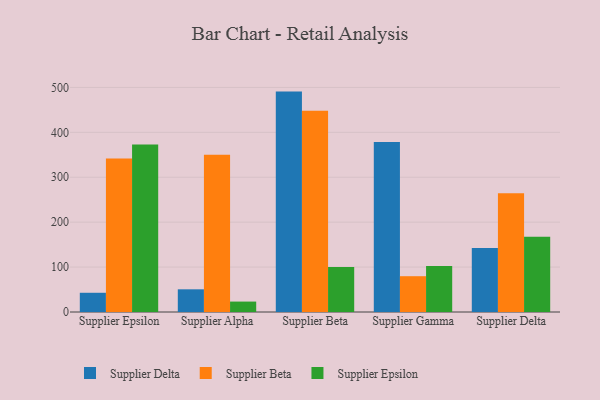
{"axis": {"x": "Supplier", "y": "Budget (USD K)"}, "legend": ["Supplier Beta", "Supplier Delta", "Supplier Epsilon"], "data": [{"x": "Supplier Epsilon", "y": 42.8, "type": "Supplier Delta"}, {"x": "Supplier Epsilon", "y": 341.5, "type": "Supplier Beta"}, {"x": "Supplier Epsilon", "y": 373.0, "type": "Supplier Epsilon"}, {"x": "Supplier Alpha", "y": 50.5, "type": "Supplier Delta"}, {"x": "Supplier Alpha", "y": 350.1, "type": "Supplier Beta"}, {"x": "Supplier Alpha", "y": 23.2, "type": "Supplier Epsilon"}, {"x": "Supplier Beta", "y": 490.7, "type": "Supplier Delta"}, {"x": "Supplier Beta", "y": 448.1, "type": "Supplier Beta"}, {"x": "Supplier Beta", "y": 100.4, "type": "Supplier Epsilon"}, {"x": "Supplier Gamma", "y": 378.3, "type": "Supplier Delta"}, {"x": "Supplier Gamma", "y": 79.7, "type": "Supplier Beta"}, {"x": "Supplier Gamma", "y": 102.4, "type": "Supplier Epsilon"}, {"x": "Supplier Delta", "y": 142.5, "type": "Supplier Delta"}, {"x": "Supplier Delta", "y": 264.3, "type": "Supplier Beta"}, {"x": "Supplier Delta", "y": 167.4, "type": "Supplier Epsilon"}]}